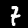
Digit: 7